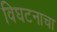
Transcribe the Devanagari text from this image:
विघटनाचा